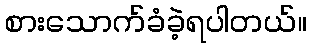
စားသောက်ခံခဲ့ရပါတယ်။